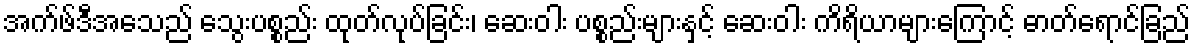
အက်ဖ်ဒီအေသည် သွေးပစ္စည်း ထုတ်လုပ်ခြင်း၊ ဆေးဝါး ပစ္စည်းများနှင့် ဆေးဝါး ကိရိယာများကြောင့် ဓာတ်ရောင်ခြည်